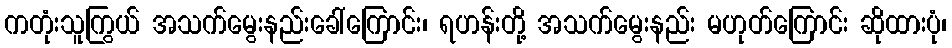
ကတုံးသူကြွယ် အသက်မွေးနည်းခေါ်ကြောင်း၊ ရဟန်းတို့ အသက်မွေးနည်း မဟုတ်ကြောင်း ဆိုထားပုံ၊